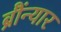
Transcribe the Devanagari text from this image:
ब्रौंन्यार